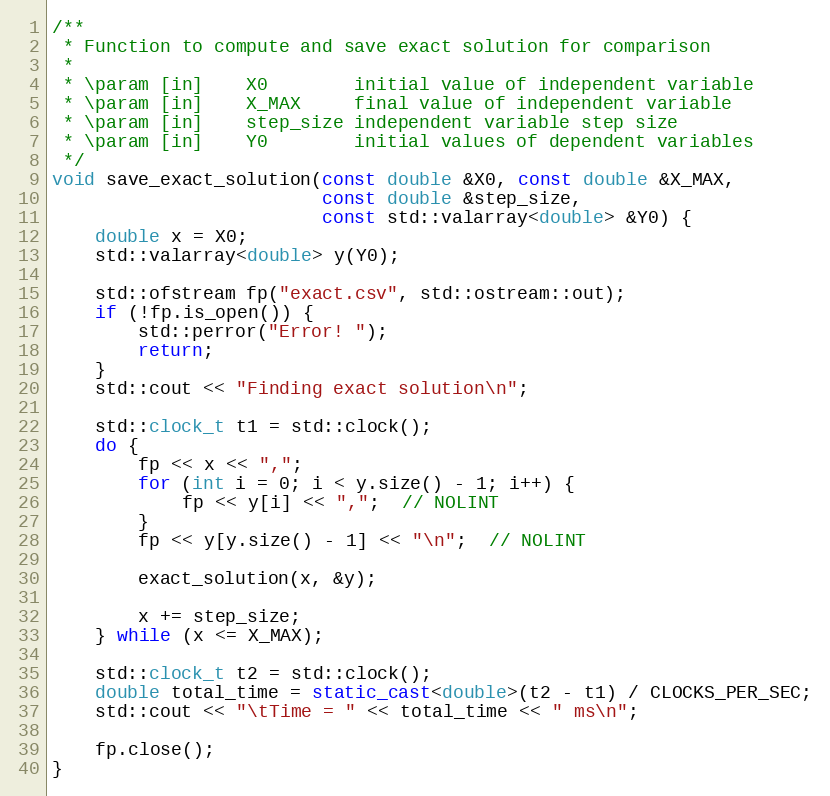
Language: C++
/**
 * Function to compute and save exact solution for comparison
 *
 * \param [in]    X0  	    initial value of independent variable
 * \param [in] 	  X_MAX	    final value of independent variable
 * \param [in] 	  step_size	independent variable step size
 * \param [in]    Y0	    initial values of dependent variables
 */
void save_exact_solution(const double &X0, const double &X_MAX,
                         const double &step_size,
                         const std::valarray<double> &Y0) {
    double x = X0;
    std::valarray<double> y(Y0);

    std::ofstream fp("exact.csv", std::ostream::out);
    if (!fp.is_open()) {
        std::perror("Error! ");
        return;
    }
    std::cout << "Finding exact solution\n";

    std::clock_t t1 = std::clock();
    do {
        fp << x << ",";
        for (int i = 0; i < y.size() - 1; i++) {
            fp << y[i] << ",";  // NOLINT
        }
        fp << y[y.size() - 1] << "\n";  // NOLINT

        exact_solution(x, &y);

        x += step_size;
    } while (x <= X_MAX);

    std::clock_t t2 = std::clock();
    double total_time = static_cast<double>(t2 - t1) / CLOCKS_PER_SEC;
    std::cout << "\tTime = " << total_time << " ms\n";

    fp.close();
}